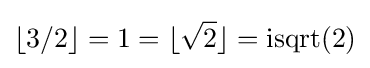
\lfloor 3/2\rfloor =1=\lfloor {\sqrt {2}}\rfloor =\operatorname {isqrt} (2)